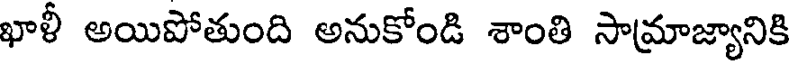
ఖాళీ అయిపోతుంది అనుకోండి శాంతి సామ్రాజ్యానికి